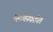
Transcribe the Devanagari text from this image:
महाविस्फारित